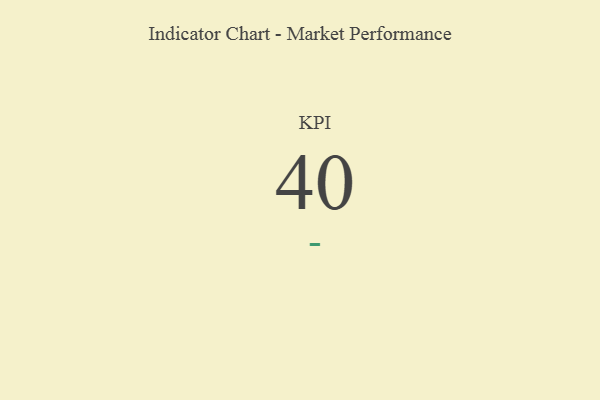
{"axis": {"x": "KPI", "y": "Value"}, "legend": [""], "data": [{"x": "KPI", "y": 40, "type": ""}]}